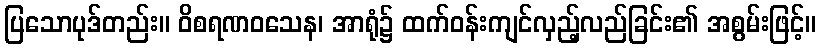
ပြသောပုဒ်တည်း။ ဝိစရဏဝသေန၊ အာရုံ၌ ထက်ဝန်းကျင်လှည့်လည်ခြင်း၏ အစွမ်းဖြင့်။